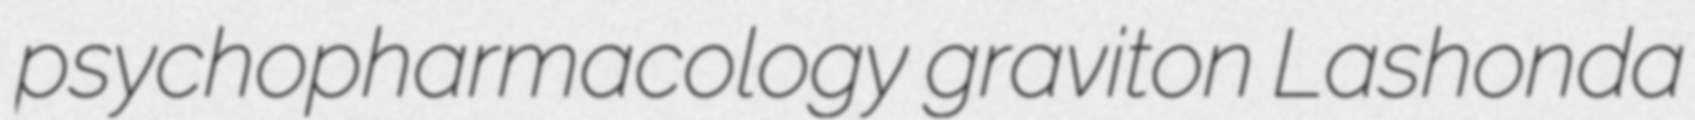
psychopharmacology graviton Lashonda